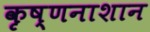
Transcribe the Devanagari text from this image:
कृष्णनाशान